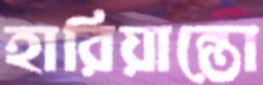
হারিয়ান্তো